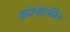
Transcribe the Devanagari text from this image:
क्रोपोत्कीन